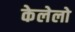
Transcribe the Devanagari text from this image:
केलेलो